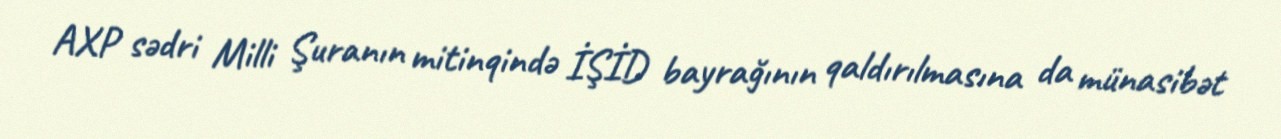
AXP sədri Milli Şuranın mitinqində İŞİD bayrağının qaldırılmasına da münasibət